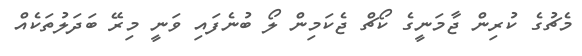
މެޗުގެ ކުރިން ޖާމަނީގެ ކޯޗް ޖެކަމިން ލޯ ބުނެފައި ވަނީ މިރޭ ބަދަލުތަކެއް